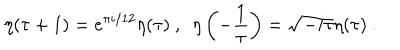
\eta ( \tau + 1 ) = e ^ { \pi i / 1 2 } \eta ( \tau ) ~ , ~ ~ \eta \left( - \frac { 1 } { \tau } \right) = \sqrt { - i \tau } \eta ( \tau ) ~ .